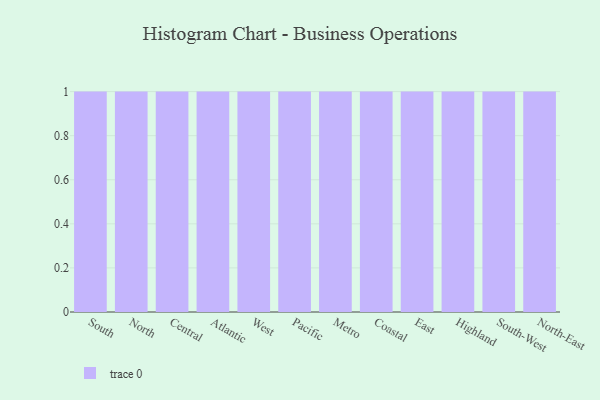
{"axis": {"x": "Region", "y": "Demand Index"}, "legend": [""], "data": [{"x": "South", "y": 2, "type": ""}, {"x": "North", "y": 12, "type": ""}, {"x": "Central", "y": 82, "type": ""}, {"x": "Atlantic", "y": 5, "type": ""}, {"x": "West", "y": 77, "type": ""}, {"x": "Pacific", "y": 6, "type": ""}, {"x": "Metro", "y": 62, "type": ""}, {"x": "Coastal", "y": 50, "type": ""}, {"x": "East", "y": 76, "type": ""}, {"x": "Highland", "y": 60, "type": ""}, {"x": "South-West", "y": 6, "type": ""}, {"x": "North-East", "y": 99, "type": ""}]}